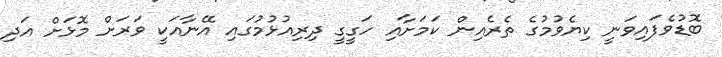
ބޮޑުވެފައިވަނީ ކިޔެވުމުގެ ތެރެއިން ކަމަށާއި ހަގީގީ ދިރިއުޅުމުގައި އޭނާއަކީ ވަރަށް މޮޅަށް އަދި